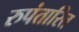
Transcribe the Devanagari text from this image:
रुपंतारित